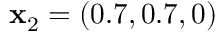
\mathbf { x } _ { 2 } = ( 0 . 7 , 0 . 7 , 0 )